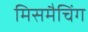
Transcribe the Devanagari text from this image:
मिसमैचिंग